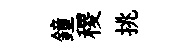
鐘稷挑